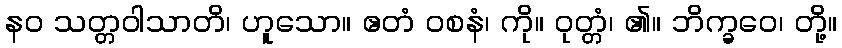
နဝ သတ္တဝါသာတိ၊ ဟူသော။ ဧတံ ဝစနံ၊ ကို။ ဝုတ္တံ၊ ၏။ ဘိက္ခဝေ၊ တို့။